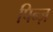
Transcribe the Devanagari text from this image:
पिन्ज़